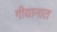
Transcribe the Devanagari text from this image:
गीयानात